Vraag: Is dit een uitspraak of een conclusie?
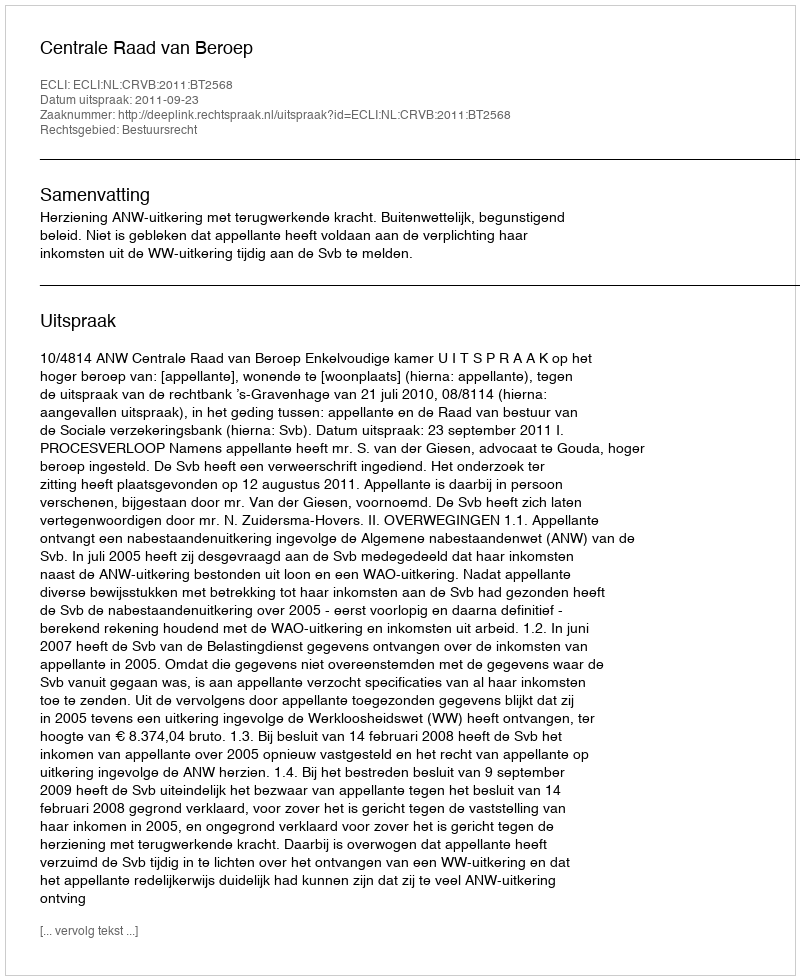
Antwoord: Uitspraak